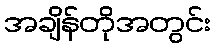
အချိန်တိုအတွင်း